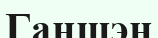
Ганшэн